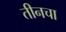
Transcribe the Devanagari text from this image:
तीनचा